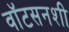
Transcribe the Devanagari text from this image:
वॉटसनशी